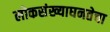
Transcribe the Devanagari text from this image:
लोकसंख्याघनतेचा